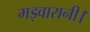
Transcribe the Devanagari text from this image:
मड़वारानी।